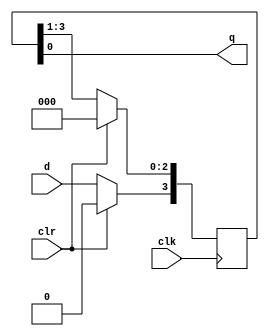
`timescale 1ns / 1ps
//////////////////////////////////////////////////////////////////////////////////
// Company: 
// Engineer: 
// 
// Design Name: 
// Module Name: siso
// Project Name: 
// Target Devices: 
// Tool Versions: 
// Description: 
// 
// Dependencies: 
// 
// Revision:
// Revision 0.01 - File Created
// Additional Comments:
// 
//////////////////////////////////////////////////////////////////////////////////


module siso(
            input clk,clr,d,output  q
            );
            reg [3:0] temp;
            always @(posedge clk)
            if (clr==1)
                temp=4'b0000;
            else
            begin
            temp=temp>>1;
            temp[3]=d;
             
            end
            assign q=temp[0]; 
           
endmodule